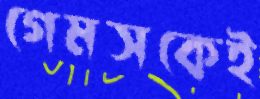
গেমসকেই